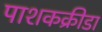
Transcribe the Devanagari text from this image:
पाशकक्रीडा